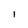
Character: i